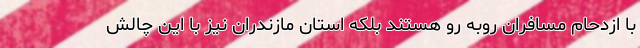
با ازدحام مسافران روبه رو هستند بلکه استان مازندران نیز با این چالش